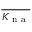
\overline { { K _ { \mathrm { ~ n ~ a ~ } } } }